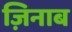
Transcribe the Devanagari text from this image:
ज़िनाब